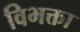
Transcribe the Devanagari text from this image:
विभक्ता